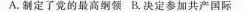
A.制定了党的最高纲领 B.决定参加共产国际